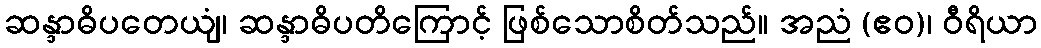
ဆန္ဒာဓိပတေယျံ၊ ဆန္ဒာဓိပတိကြောင့် ဖြစ်သောစိတ်သည်။ အညံ (ဧဝ)၊ ဝီရိယာ